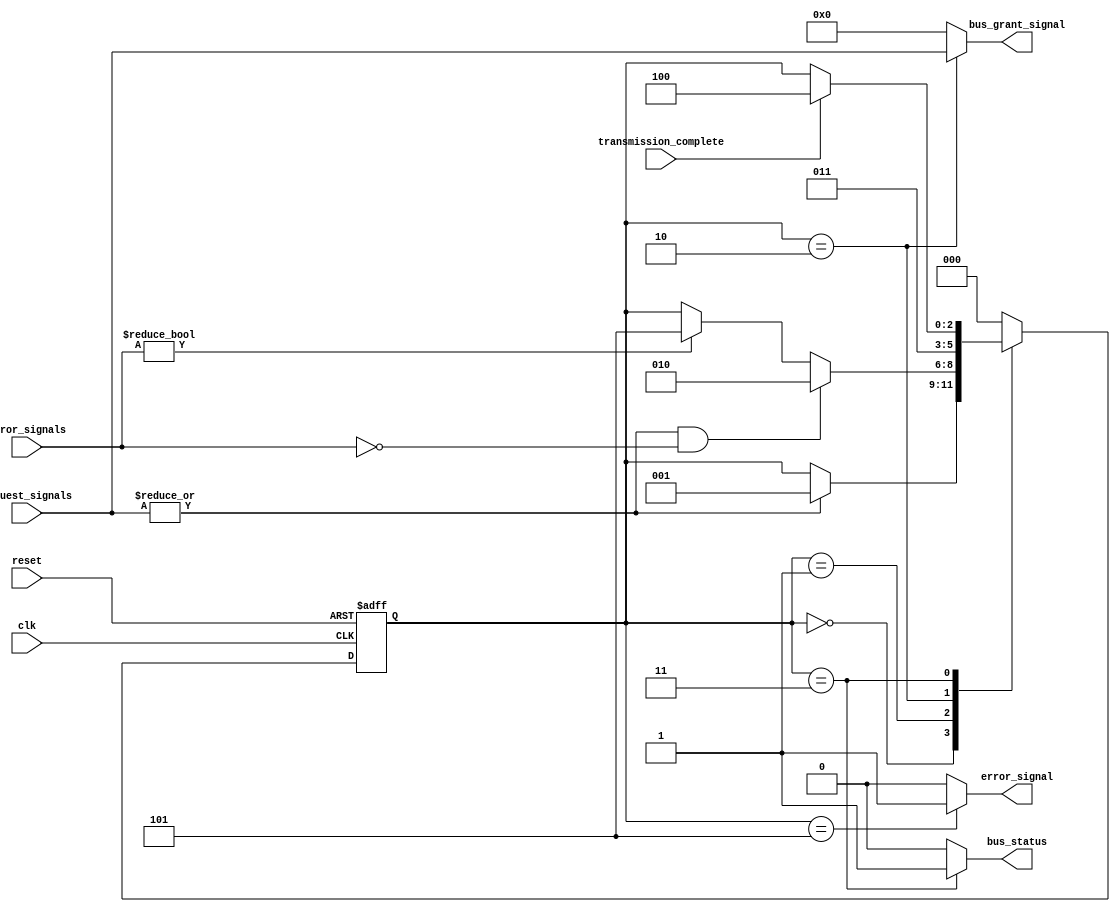
module BusController (
    input wire clk,
    input wire reset,
    input wire [N-1:0] request_signals, // N devices requesting access
    input wire transmission_complete,
    input wire [M-1:0] error_signals, // M error condition signals
    output reg [N-1:0] bus_grant_signal, // Grant signal for the device
    output reg error_signal, // Error signal
    output reg bus_status // Bus status signal (1: busy, 0: free)
);

parameter N = 4; // Number of devices
parameter M = 2; // Number of error conditions
parameter IDLE = 3'b000;
parameter REQUEST = 3'b001;
parameter GRANT = 3'b010;
parameter TRANSMIT = 3'b011;
parameter RELEASE = 3'b100;
parameter ERROR = 3'b101;

reg [2:0] current_state, next_state;

// State transition logic
always @(*) begin
    next_state = current_state;
    bus_grant_signal = 0;
    error_signal = 0;
    bus_status = 0;

    case (current_state)
        IDLE: begin
            if (|request_signals) begin // If any request signal is high
                next_state = REQUEST;
            end
        end

        REQUEST: begin
            if (|request_signals && !error_signals) begin // Valid request
                next_state = GRANT;
            end else if (error_signals) begin
                next_state = ERROR;
            end
        end

        GRANT: begin
            bus_grant_signal = request_signals; // Grant access to the requesting device
            next_state = TRANSMIT;
        end

        TRANSMIT: begin
            bus_status = 1; // Bus is busy
            if (transmission_complete) begin
                next_state = RELEASE;
            end
        end

        RELEASE: begin
            bus_status = 0; // Bus is free
            next_state = IDLE;
        end

        ERROR: begin
            error_signal = 1; // Indicate an error condition
            next_state = IDLE; // Transition back to IDLE after handling error
        end

        default: next_state = IDLE; // Default to IDLE state
    endcase
end

// State register
always @(posedge clk or posedge reset) begin
    if (reset) begin
        current_state <= IDLE;
    end else begin
        current_state <= next_state;
    end
end

endmodule